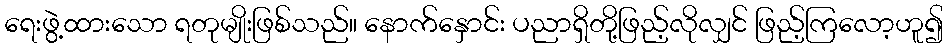
ရေးဖွဲ့ထားသော ရတုမျိုးဖြစ်သည်။ နောက်နှောင်း ပညာရှိတို့ဖြည့်လိုလျှင် ဖြည့်ကြလော့ဟူ၍